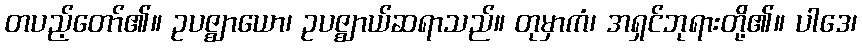
တပည့်တော်၏။ ဥပဇ္ဈာယော၊ ဥပဇ္ဈာယ်ဆရာသည်။ တုမှာကံ၊ အရှင်ဘုရားတို့၏။ ပါဒေ၊